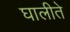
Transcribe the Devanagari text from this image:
घालीते